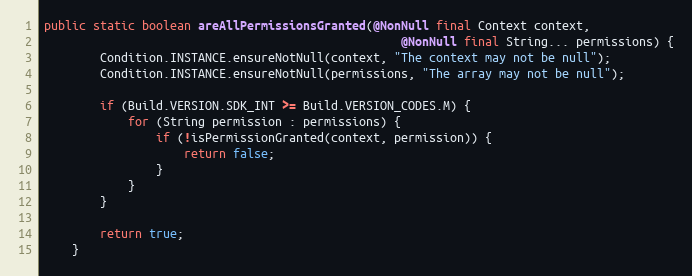
Language: Java
public static boolean areAllPermissionsGranted(@NonNull final Context context,
                                                   @NonNull final String... permissions) {
        Condition.INSTANCE.ensureNotNull(context, "The context may not be null");
        Condition.INSTANCE.ensureNotNull(permissions, "The array may not be null");

        if (Build.VERSION.SDK_INT >= Build.VERSION_CODES.M) {
            for (String permission : permissions) {
                if (!isPermissionGranted(context, permission)) {
                    return false;
                }
            }
        }

        return true;
    }